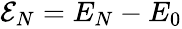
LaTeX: \begin{array}{r}{{\cal E}_{N}=E_{N}-E_{0}}\end{array}